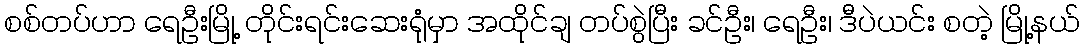
စစ်တပ်ဟာ ရေဦးမြို့ တိုင်းရင်းဆေးရုံမှာ အထိုင်ချ တပ်စွဲပြီး ခင်ဦး၊ ရေဦး၊ ဒီပဲယင်း စတဲ့ မြို့နယ်